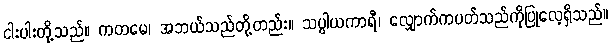
ငါးပါးတို့သည်။ ကတမေ၊ အဘယ်သည်တို့တည်း။ သပ္ပါယကာရီ၊ လျှောက်ကပတ်သည်ကိုပြုလေ့ရှိသည်။